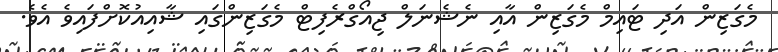
މެގަޒިން އަދި ޓައިމް މެގަޒިން އާއި ނެޝެނަލް ޖިއޯގްރެފިޓް މެގަޒިންގައި ޝާއިއުކޮށްފައިވެ އެވެ.